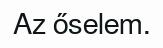
Az őselem.